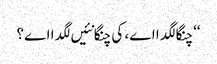
‘‘ چنگا لگدا اے، کی چنگا نئیں لگدا اے؟